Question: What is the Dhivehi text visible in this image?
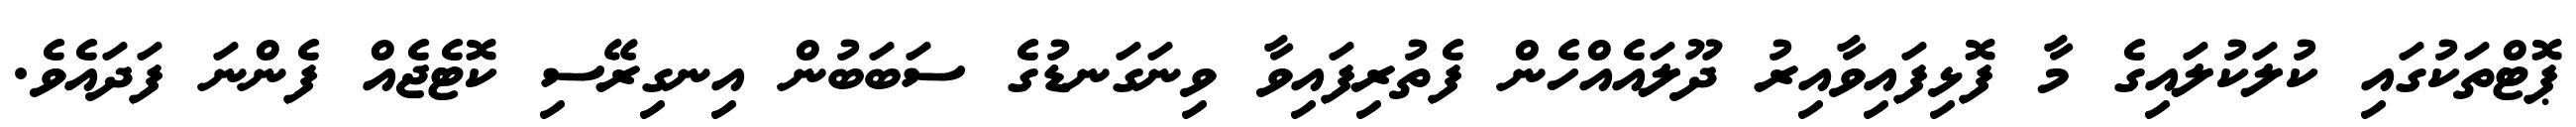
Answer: ޕޮޓްތަކުގައި ކުލަކުލައިގެ މާ ފޮޅިފައިވާއިރު ދޫލައެއްހެން ފެތުރިފައިވާ ވިނަގަނޑުގެ ސަބަބުން އިނގިރޭސި ކޮޓެޖެއް ފެންނަ ފަދައެވެ.